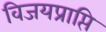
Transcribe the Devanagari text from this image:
विजयप्राप्ति